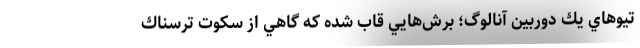
تيوهاي يك دوربين آنالوگ؛ برش‌هايي قاب شده كه گاهي از سكوت ترسناك